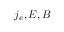
j _ { e } , E , B